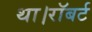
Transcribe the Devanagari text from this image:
था।रॉबर्ट